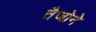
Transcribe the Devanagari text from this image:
तैजोने